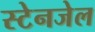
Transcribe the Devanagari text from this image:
स्टेनजेल